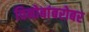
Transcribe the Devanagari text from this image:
विनोबांबरोबर